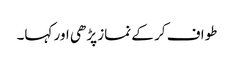
طواف کر کے نماز پڑھی اور کہا۔